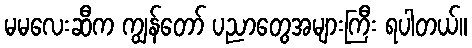
မမလေးဆီက ကျွန်တော် ပညာတွေအများကြီး ရပါတယ်။